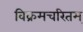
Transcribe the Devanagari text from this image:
विक्रमचरितम्